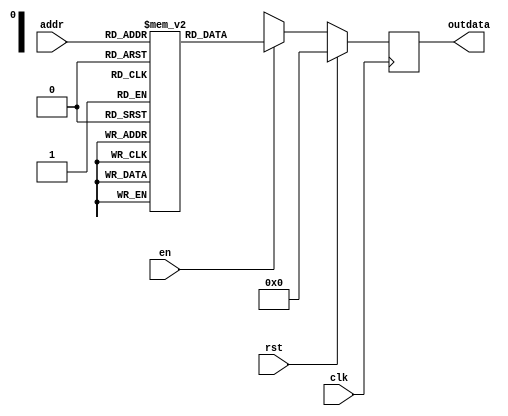
module single_port_rom(
clk,rst,en,addr,outdata);

input clk,rst,en;
input [3:0]addr;
output reg [3:0]outdata;

reg [3:0]mem[15:0];

always@(posedge clk)
begin

if(rst)
	begin
	outdata<=4'b0;
	end
else
	begin
	
	if(en==1) 
		begin
		outdata<=mem[addr];
		end
	else
		begin
		outdata<=4'bx;
		end

end

end

//loading data to registers:

initial begin
mem[0]=4'b1111;
mem[1]=4'b0111;
mem[2]=4'b1011;
mem[3]=4'b1101;
mem[4]=4'b1001;
mem[5]=4'b0011;
mem[6]=4'b1100;
mem[7]=4'b0101;

mem[8]=4'b1111;
mem[9]=4'b0111;
mem[10]=4'b1011;
mem[11]=4'b1101;
mem[12]=4'b1001;
mem[13]=4'b0011;
mem[14]=4'b1100;
mem[15]=4'b0101;
end

endmodule